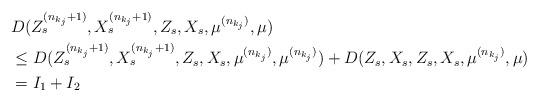
LaTeX: \begin{align*} &D(Z_s^{(n_{k_j} + 1)}, X_s^{(n_{k_j} + 1)}, Z_s, X_s, \mu^{(n_{k_j})}, \mu)\\ & \le D(Z_s^{(n_{k_j} + 1)}, X_s^{(n_{k_j} + 1)}, Z_s, X_s, \mu^{(n_{k_j})}, \mu^{(n_{k_j})}) + D(Z_s, X_s, Z_s, X_s, \mu^{(n_{k_j})}, \mu)\\ &= I_1 + I_2 \end{align*}